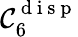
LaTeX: \mathcal{C}_{6}^{\mathrm{{~d~i~s~p~}}}